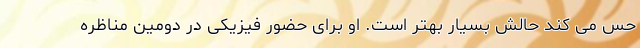
حس می کند حالش بسیار بهتر است. او برای حضور فیزیکی در دومین مناظره